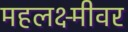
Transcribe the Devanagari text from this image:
महलक्ष्मीवर